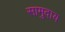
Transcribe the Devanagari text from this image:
सामुदाय